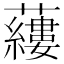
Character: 𧃒